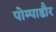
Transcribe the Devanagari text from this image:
पोम्पाडौर